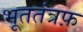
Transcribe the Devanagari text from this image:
भूततंत्रफ़